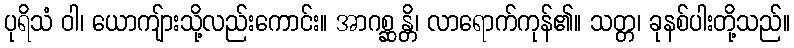
ပုရိသံ ဝါ၊ ယောကျ်ားသို့လည်းကောင်း။ အာဂစ္ဆန္တိ၊ လာရောက်ကုန်၏။ သတ္တ၊ ခုနစ်ပါးတို့သည်။